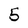
Character: 5